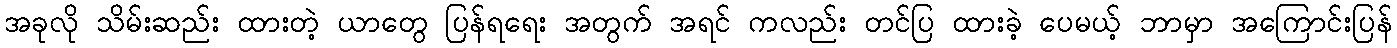
အခုလို သိမ်းဆည်း ထားတဲ့ ယာတွေ ပြန်ရရေး အတွက် အရင် ကလည်း တင်ပြ ထားခဲ့ ပေမယ့် ဘာမှာ အကြောင်းပြန်